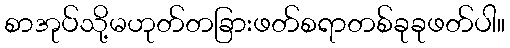
စာအုပ်သို့မဟုတ်တခြားဖတ်စရာတစ်ခုခုဖတ်ပါ။